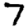
Digit: 7